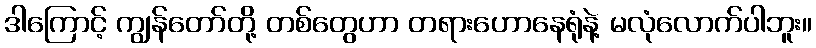
ဒါကြောင့် ကျွန်တော်တို့ တစ်တွေဟာ တရားဟောနေရုံနဲ့ မလုံလောက်ပါဘူး။